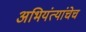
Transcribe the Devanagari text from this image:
अभियंत्यांचेच